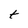
Character: t